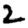
Digit: 2